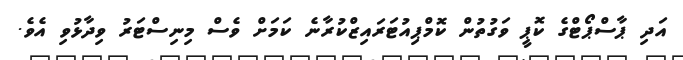
އަދި ޕާސްޕޯޓްގެ ކޮޕީ ވަގުތުން ކޮމްޕިއުޓަރައިޒްކުރާނެ ކަމަށް ވެސް މިނިސްޓަރު ވިދާޅުވި އެވެ.